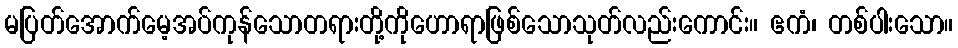
မပြတ်အောက်မေ့အပ်ကုန်သောတရားတို့ကိုဟောရာဖြစ်သောသုတ်လည်းကောင်း။ ဧကံ၊ တစ်ပါးသော။